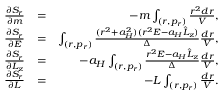
\begin{array} { r l r } { \frac { \partial S _ { r } } { \partial m } } & { = } & { - m \int _ { ( r , p _ { r } ) } \frac { r ^ { 2 } d r } { V } , } \\ { \frac { \partial S _ { r } } { \partial E } } & { = } & { \int _ { ( r , p _ { r } ) } \frac { ( r ^ { 2 } + a _ { H } ^ { 2 } ) ( r ^ { 2 } E - a _ { H } \hat { L } _ { z } ) } { \Delta } \frac { d r } { V } , } \\ { \frac { \partial S _ { r } } { \partial L _ { z } } } & { = } & { - a _ { H } \int _ { ( r , p _ { r } ) } \frac { r ^ { 2 } E - a _ { H } \hat { L } _ { z } } { \Delta } \frac { d r } { V } , } \\ { \frac { \partial S _ { r } } { \partial L } } & { = } & { - L \int _ { ( r , p _ { r } ) } \frac { d r } { V } . } \end{array}